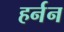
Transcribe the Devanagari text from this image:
हर्नन